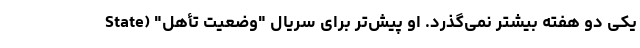
یکی دو هفته بیشتر نمی‌گذرد. او پیش‌تر برای سریال "وضعیت تأهل" (State